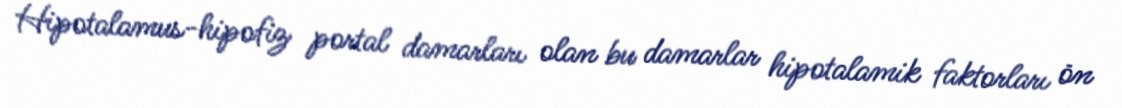
Hipotalamus-hipofiz portal damarları olan bu damarlar hipotalamik faktorları ön